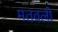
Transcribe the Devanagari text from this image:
मतवली